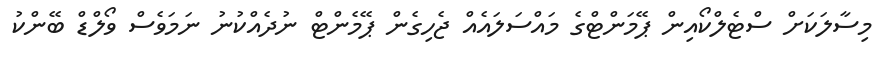
މިސާލަކަށް ސްޓެލްކޯއިން ޕޭމަންޓްގެ މައްސަލައެއް ޖެހިގެން ޕޭމެންޓް ނުދެއްކުނު ނަމަވެސް ވޯލްޑް ބޭންކު